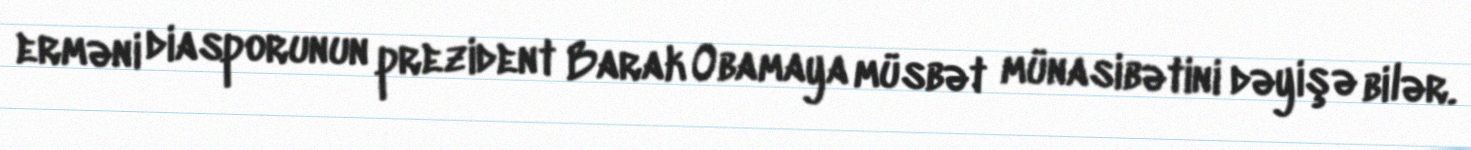
erməni diasporunun prezident Barak Obamaya müsbət münasibətini dəyişə bilər.